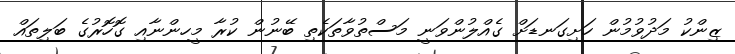
ޒިންކު މަދުވުމުން ހަށިގަނޑަށް ގެއްލުންވަނީ މަސްތުވާތަކެތި ބޭނުން ކުރާ މީހންނާއި ގޮހޮރުގެ ބަލިތައް